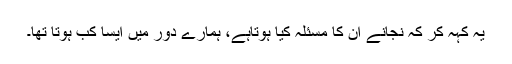
یہ کہہ کر کہ نجانے ان کا مسئلہ کیا ہوتاہے، ہمارے دور میں ایسا کب ہوتا تھا۔